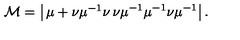
{ \cal M } = \left| \begin{matrix} { \mu + \nu \mu ^ { - 1 } \nu } & { \nu \mu ^ { - 1 } } \\ { \mu ^ { - 1 } \nu } & { \mu ^ { - 1 } } \\ \end{matrix} \right| .